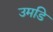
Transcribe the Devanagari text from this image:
उमडि